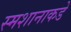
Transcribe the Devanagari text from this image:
स्मशानाकडे